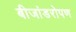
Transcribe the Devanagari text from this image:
बीजांडरोपण